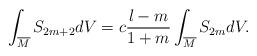
LaTeX: \begin{align*} \int_{\overline{M}}S_{2m+2}dV=c\frac{l-m}{1+m}\int_{\overline{M}}S_{2m}dV.\end{align*}